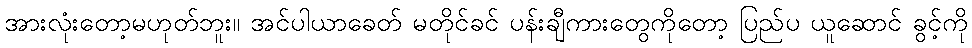
အားလုံးတော့မဟုတ်ဘူး။ အင်ပါယာခေတ် မတိုင်ခင် ပန်းချီကားတွေကိုတော့ ပြည်ပ ယူဆောင် ခွင့်ကို